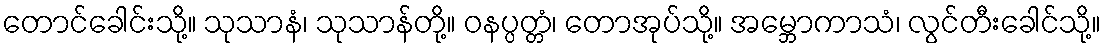
တောင်ခေါင်းသို့။ သုသာနံ၊ သုသာန်တို့။ ဝနပ္ပတ္တံ၊ တောအုပ်သို့။ အမ္ဘောကာသံ၊ လွင်တီးခေါင်သို့။